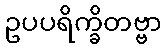
ဥပပရိက္ခိတဗ္ဗာ